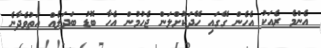
އެންމެ ރެއަކު އެހެން ގޭގައި ހޭދަކޮށްލަން ޖެހުމުން އެހާ ބޮޑު ބަދަލެއް އަތުވެދާނެ